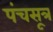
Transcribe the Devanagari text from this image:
पंचसूत्र